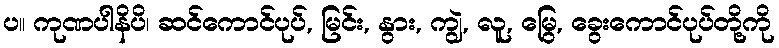
ပ။ ကုဏပါနိပိ၊ ဆင်ကောင်ပုပ်, မြင်း, နွား, ကျွဲ, လူ, မြွေ, ခွေးကောင်ပုပ်တို့ကို